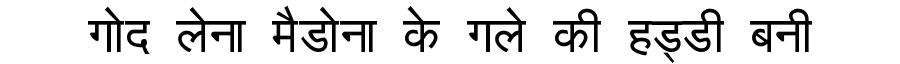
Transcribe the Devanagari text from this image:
गोद लेना मैडोना के गले की हड्डी बनी